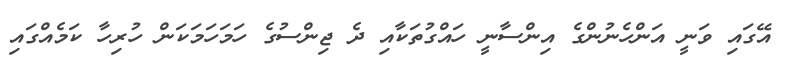
އޭގައި ވަނީ އަންހެނުންގެ އިންސާނީ ހައްގުތަކާއި ދެ ޖިންސުގެ ހަމަހަމަކަން ހުރިހާ ކަމެއްގައި